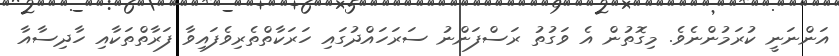
އަންނަނީ ކުރަމުންނެވެ. މިގޮތުން އެ ވަގުތު ރަސްފަންނު ސަރަހައްދުގައި ހަރަކާތްތެރިވެފައިވާ ފަރާތްތަކާއި ހާދިސާއާ